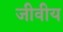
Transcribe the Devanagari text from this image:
जीवीय